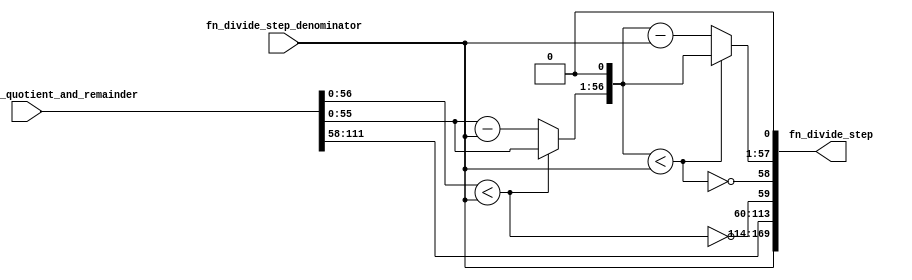
module module_fn_divide_step(fn_divide_step_denominator,
			     fn_divide_step_quotient_and_remainder,
			     fn_divide_step);
  // value method fn_divide_step
  input  [55 : 0] fn_divide_step_denominator;
  input  [113 : 0] fn_divide_step_quotient_and_remainder;
  output [169 : 0] fn_divide_step;

  // signals for module outputs
  wire [169 : 0] fn_divide_step;

  // remaining internal signals
  wire [113 : 0] temp___1__h18;
  wire [56 : 0] IF_fn_divide_step_quotient_and_remainder_BITS__ETC___d10,
		IF_fn_divide_step_quotient_and_remainder_BITS__ETC__q1,
		x__h15,
		y__h17;
  wire IF_fn_divide_step_quotient_and_remainder_BITS__ETC___d11,
       fn_divide_step_quotient_and_remainder_BITS_56__ETC___d4;

  // value method fn_divide_step
  assign fn_divide_step = { fn_divide_step_denominator, temp___1__h18 } ;

  // remaining internal signals
  assign IF_fn_divide_step_quotient_and_remainder_BITS__ETC___d10 =
	     { IF_fn_divide_step_quotient_and_remainder_BITS__ETC__q1[55:0],
	       1'd0 } ;
  assign IF_fn_divide_step_quotient_and_remainder_BITS__ETC___d11 =
	     IF_fn_divide_step_quotient_and_remainder_BITS__ETC___d10 <
	     { 1'b0, fn_divide_step_denominator } ;
  assign IF_fn_divide_step_quotient_and_remainder_BITS__ETC__q1 =
	     fn_divide_step_quotient_and_remainder_BITS_56__ETC___d4 ?
	       fn_divide_step_quotient_and_remainder[56:0] :
	       x__h15 ;
  assign fn_divide_step_quotient_and_remainder_BITS_56__ETC___d4 =
	     fn_divide_step_quotient_and_remainder[56:0] <
	     { 1'b0, fn_divide_step_denominator } ;
  assign temp___1__h18 =
	     { fn_divide_step_quotient_and_remainder[111:58],
	       !fn_divide_step_quotient_and_remainder_BITS_56__ETC___d4,
	       !IF_fn_divide_step_quotient_and_remainder_BITS__ETC___d11,
	       IF_fn_divide_step_quotient_and_remainder_BITS__ETC___d11 ?
		 IF_fn_divide_step_quotient_and_remainder_BITS__ETC___d10 :
		 y__h17,
	       1'd0 } ;
  assign x__h15 =
	     fn_divide_step_quotient_and_remainder[56:0] -
	     { 1'b0, fn_divide_step_denominator } ;
  assign y__h17 =
	     IF_fn_divide_step_quotient_and_remainder_BITS__ETC___d10 -
	     { 1'b0, fn_divide_step_denominator } ;
endmodule